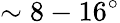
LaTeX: \sim 8-16^{\circ}